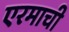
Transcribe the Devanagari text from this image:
एरमाची